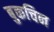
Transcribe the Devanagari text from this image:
बुकचिन